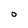
Character: 0